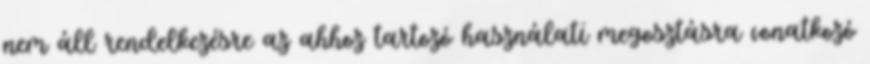
nem áll rendelkezésre az ahhoz tartozó használati megosztásra vonatkozó